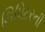
લિપિટરની